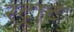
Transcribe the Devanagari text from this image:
स्ट्राट